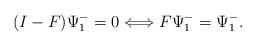
LaTeX: \begin{align*}(I-F)\Psi^-_1=0 \Longleftrightarrow F \Psi^-_1 =\Psi^-_1.\end{align*}